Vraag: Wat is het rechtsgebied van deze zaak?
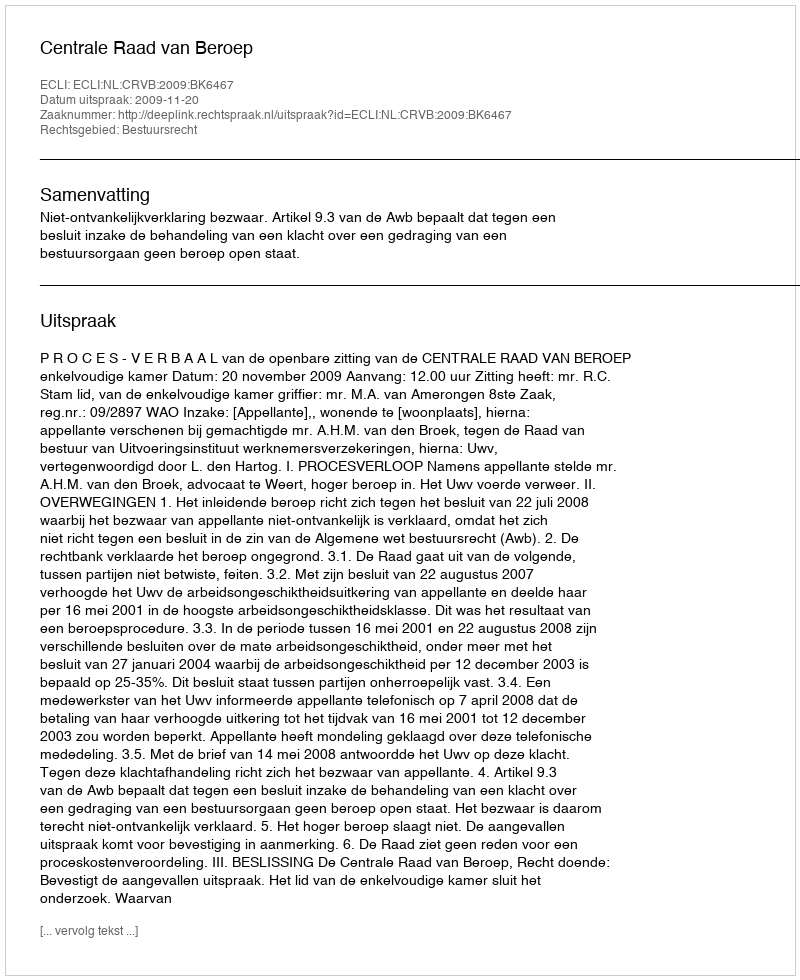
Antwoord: Bestuursrecht